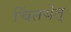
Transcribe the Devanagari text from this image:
चिंतयेत्